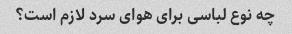
چه نوع لباسی برای هوای سرد لازم است؟